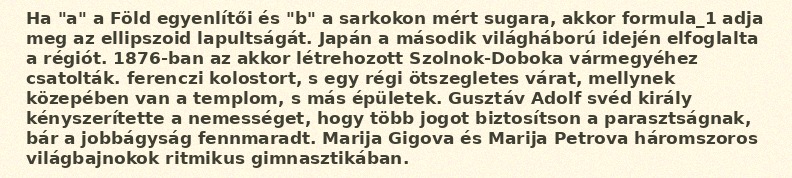
Ha "a" a Föld egyenlítői és "b" a sarkokon mért sugara, akkor formula_1 adja meg az ellipszoid lapultságát. Japán a második világháború idején elfoglalta a régiót. 1876-ban az akkor létrehozott Szolnok-Doboka vármegyéhez csatolták. ferenczi kolostort, s egy régi ötszegletes várat, mellynek közepében van a templom, s más épületek. Gusztáv Adolf svéd király kényszerítette a nemességet, hogy több jogot biztosítson a parasztságnak, bár a jobbágyság fennmaradt. Marija Gigova és Marija Petrova háromszoros világbajnokok ritmikus gimnasztikában.